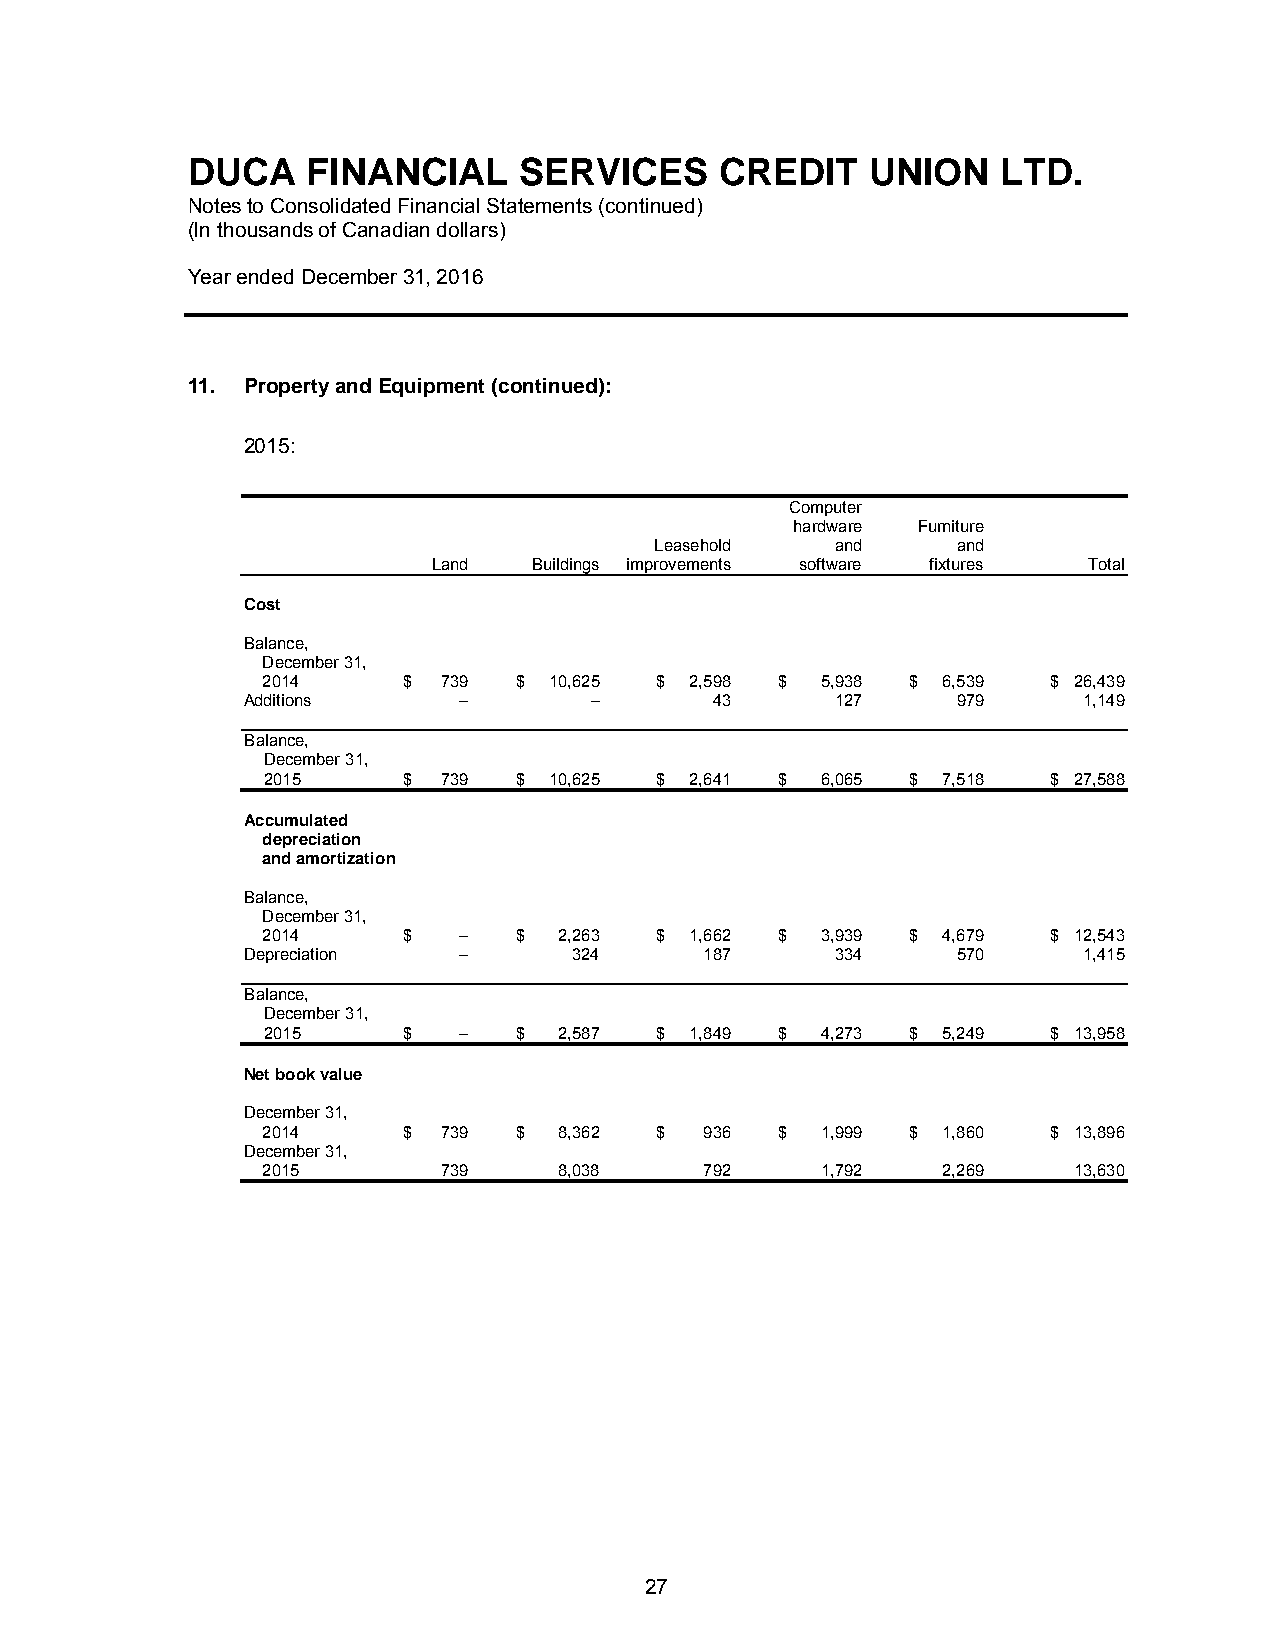
DUCA    FINANCIAL     SERVICES      CREDIT    UNION   LTD.
 Notes to Consolidated Financial Statements (continued)
 (In thousands of Canadian dollars)
 Year ended December 31, 2016
 11. Property and Equipment (continued):
 2015:
 Computer
 hardware Furniture
 Leasehold   and     and
 Land  Buildings improvements software fixtures Total
 Cost
 Balance,
 December 31,
 2014      $ 739  $ 10,625 $  2,598 $ 5,938 $ 6,539   $ 26,439
 Additions     –        –       43      127     979      1,149
 Balance,
 December 31,
 2015      $ 739  $ 10,625 $  2,641 $ 6,065 $ 7,518   $ 27,588
 Accumulated
 depreciation
 and amortization
 Balance,
 December 31,
 2014      $  –   $  2,263 $  1,662 $ 3,939 $ 4,679   $ 12,543
 Depreciation  –       324      187     334     570      1,415
 Balance,
 December 31,
 2015      $  –   $  2,587 $  1,849 $ 4,273 $ 5,249   $ 13,958
 Net book value
 December 31,
 2014      $ 739  $  8,362 $   936  $ 1,999 $ 1,860   $ 13,896
 December 31,
 2015        739     8,038     792    1,792   2,269    13,630
 27